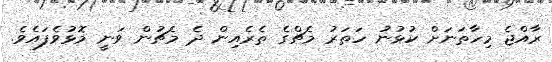
ރާއްޖެ މިހާތަނަށް ކުޅުނު ހަތަރު މެޗްގެ ތެރެއިން ދެ މެޗުން ވަނީ މޮޅުވެފައެވެ.